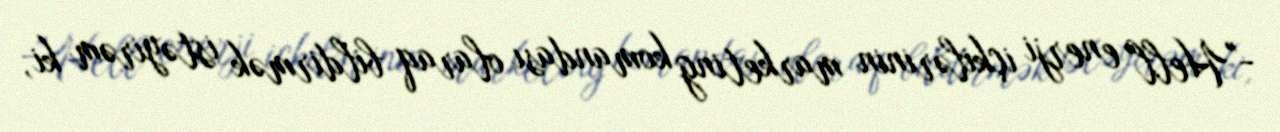
-"Hell" enerji içkilərinin marketing komandası olaraq bildirmək istəyirəm ki,